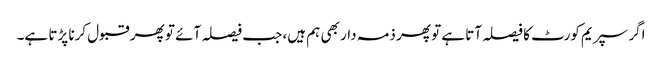
اگر سپریم کورٹ کا فیصلہ آتا ہے تو پھر ذمہ دار بھی ہم ہیں، جب فیصلہ آئے تو پھر قبول کرنا پڑتا ہے۔